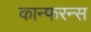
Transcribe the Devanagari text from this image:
कान्फरन्स